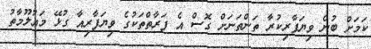
ކަމަށް ބުނެ ވިޔަފާރިކުރާ ތަންތަނަށް ގޮސް އެ ފަރާތްތަކުގެ ވިޔަފާރިއާ ގުޅޭ މައުލޫމާތު